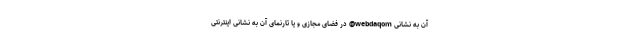
آن به نشانی webdaqom@ در فضای مجازی و یا تارنمای آن به نشانی اینترنتی